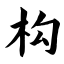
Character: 构